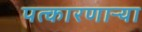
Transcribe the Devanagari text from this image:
पत्कारणाऱ्या